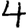
Digit: 4